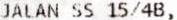
JALAN SS 15/4B,